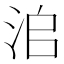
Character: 𣳨